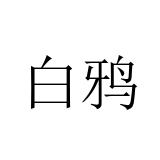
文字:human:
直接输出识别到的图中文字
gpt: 白鸦